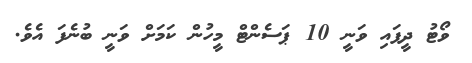
ވޯޓު ދީފައި ވަނީ 10 ޕަސެންޓް މީހުން ކަމަށް ވަނީ ބުނެފަ އެވެ.